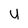
Character: u